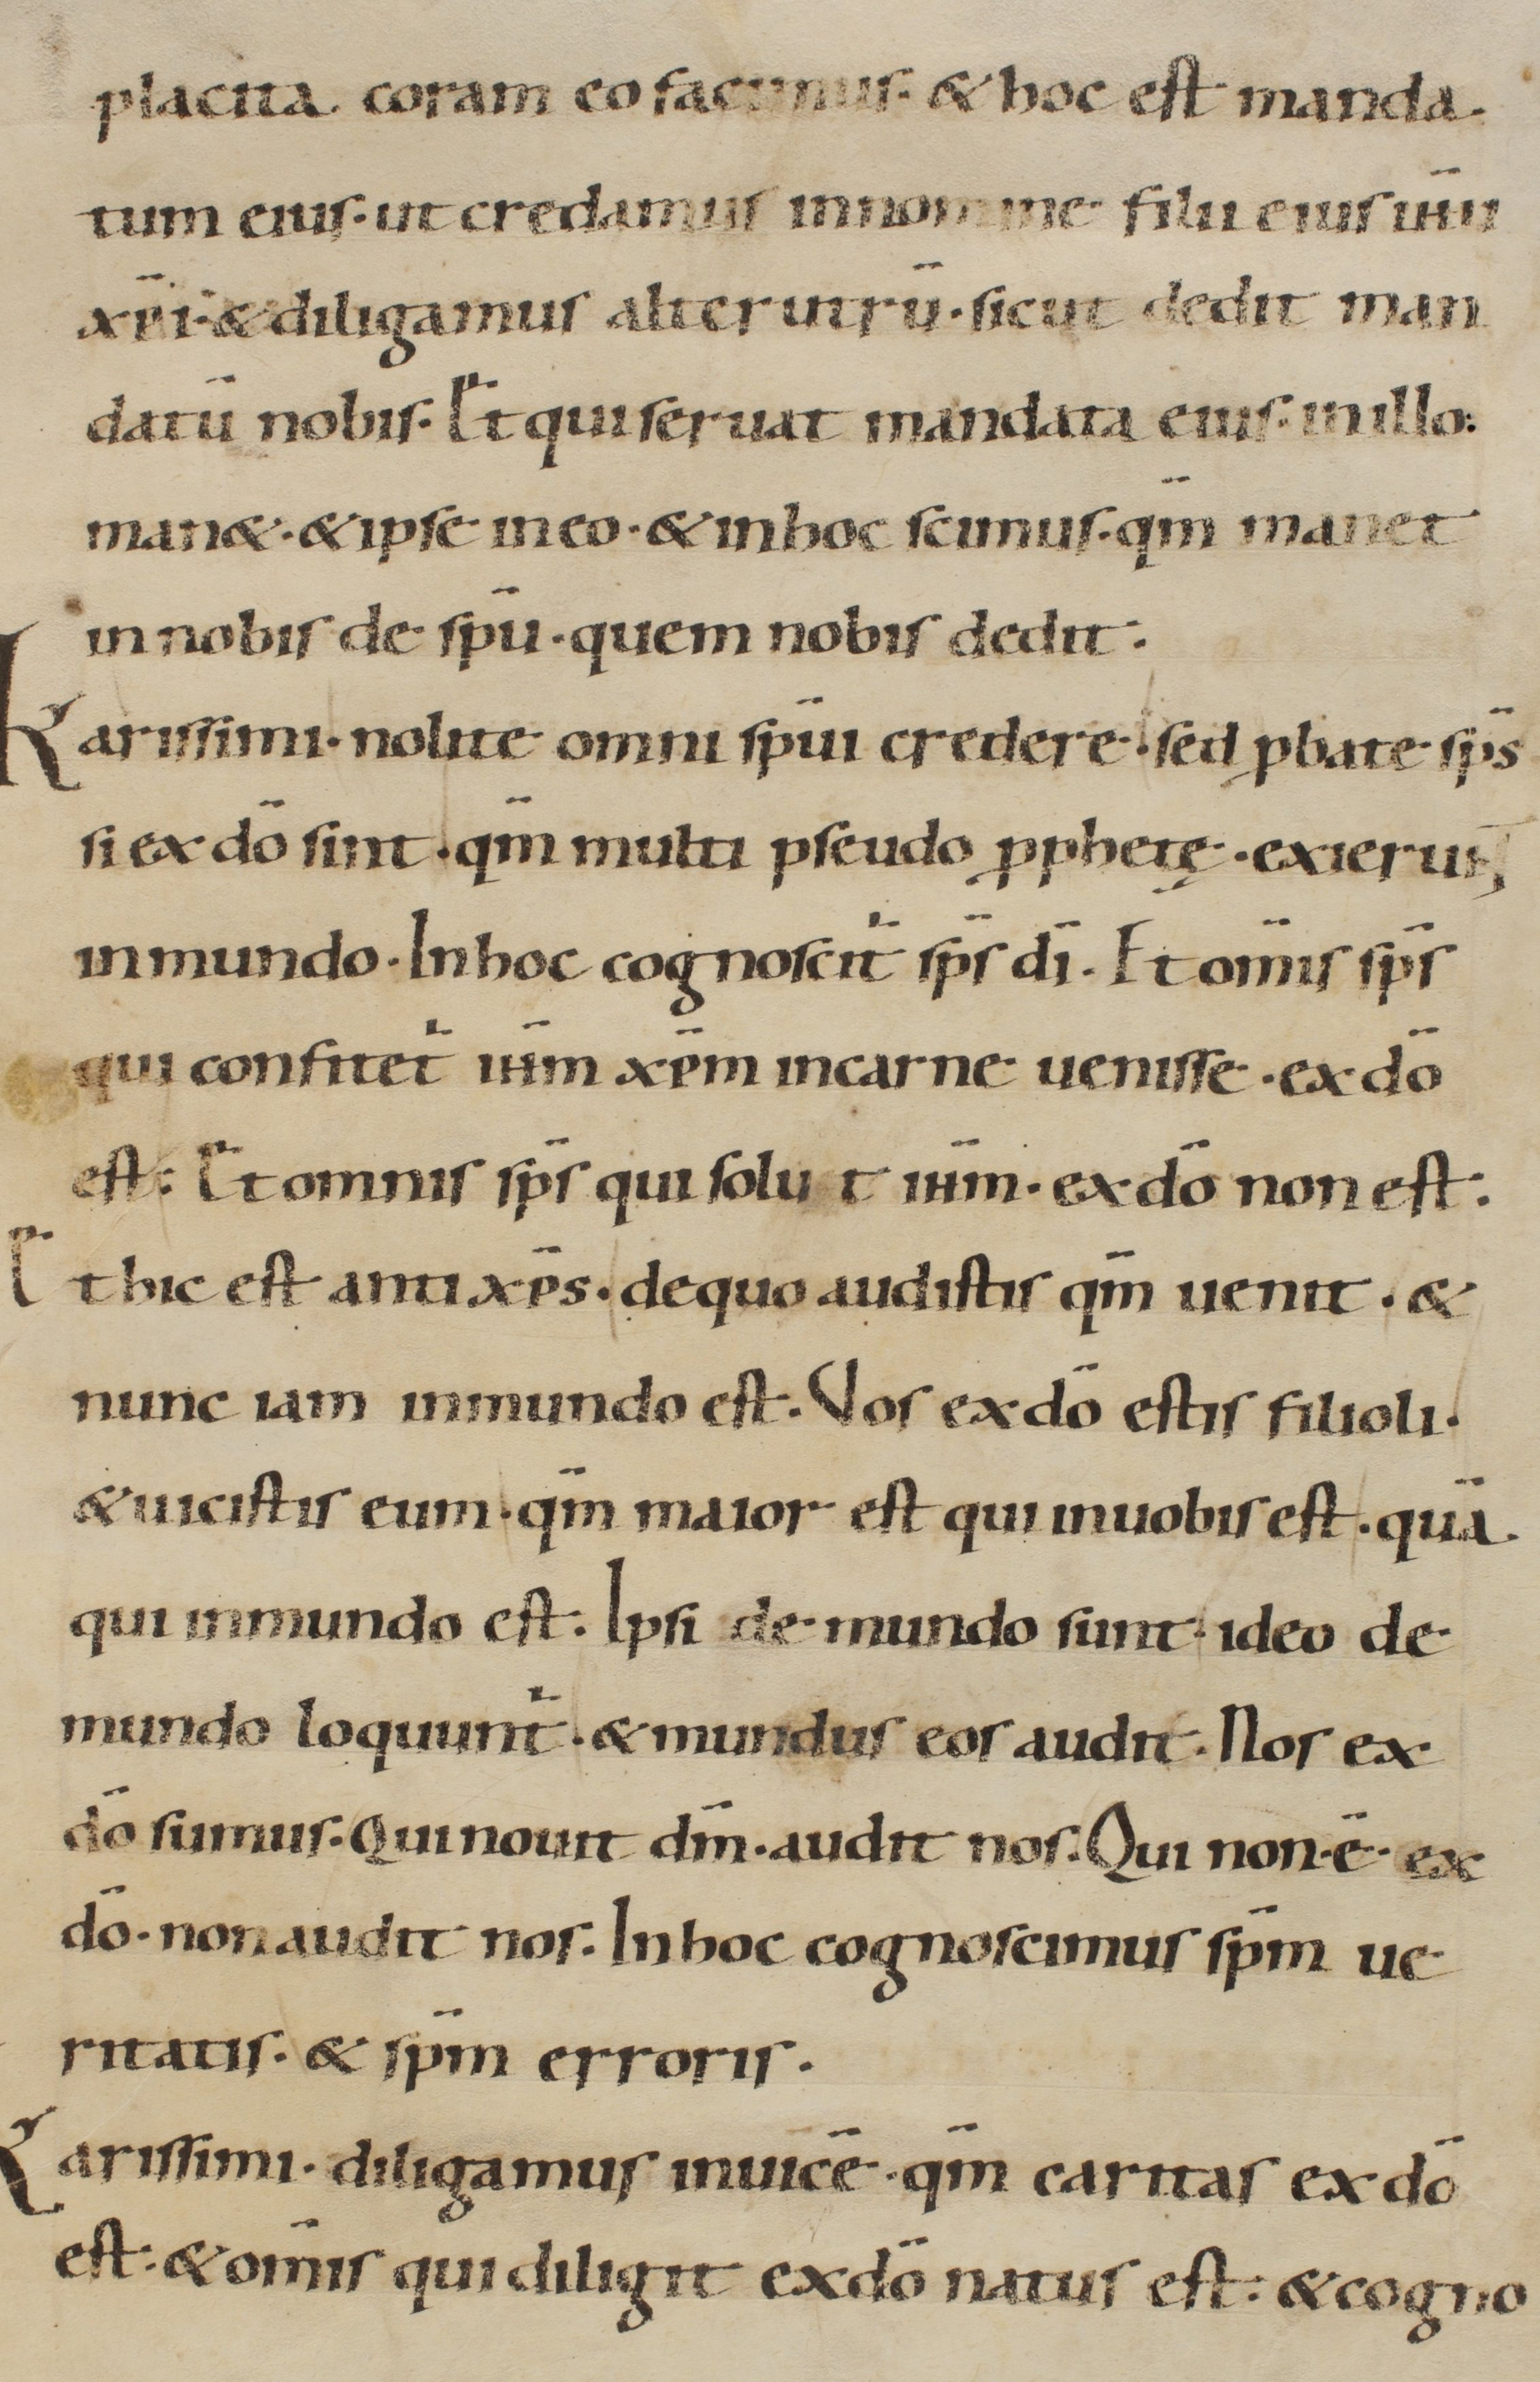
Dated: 900–999